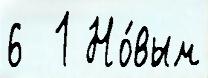
6  1 Но́вым